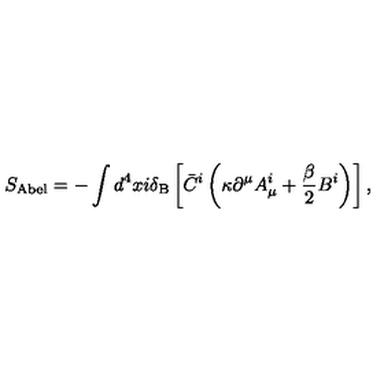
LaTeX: S _ { \mathrm { A b e l } } = - \int d ^ { 4 } x i \mathrm { \boldmath \delta } _ { \mathrm { B } } \left[ \bar { C } ^ { i } \left( \kappa \partial ^ { \mu } A _ { \mu } ^ { i } + \frac \beta 2 B ^ { i } \right) \right] ,